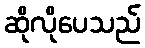
ဆိုလိုပေသည်